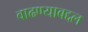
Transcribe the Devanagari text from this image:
वाढण्याबद्दल